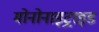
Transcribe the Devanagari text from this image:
मोनोनाइट्राइड